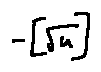
- [ \sqrt { u } ]